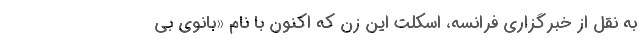
به نقل از خبرگزاری فرانسه، اسکلت این زن که اکنون با نام «بانوی بی